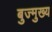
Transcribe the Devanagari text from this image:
बुज्मुख्य